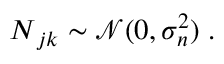
\boldsymbol { N } _ { j k } \sim \mathcal { N } ( 0 , \sigma _ { n } ^ { 2 } ) \; .